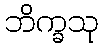
ဘိက္ခသု